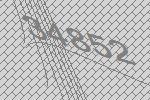
34852